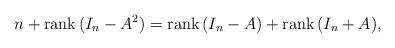
LaTeX: \begin{align*}n+\mathrm{rank}\, (I_{n}-A^{2})=\mathrm{rank}\, (I_{n}-A)+\mathrm{rank}\,(I_{n}+A),\end{align*}